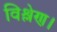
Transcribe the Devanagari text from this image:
विश्लेण।